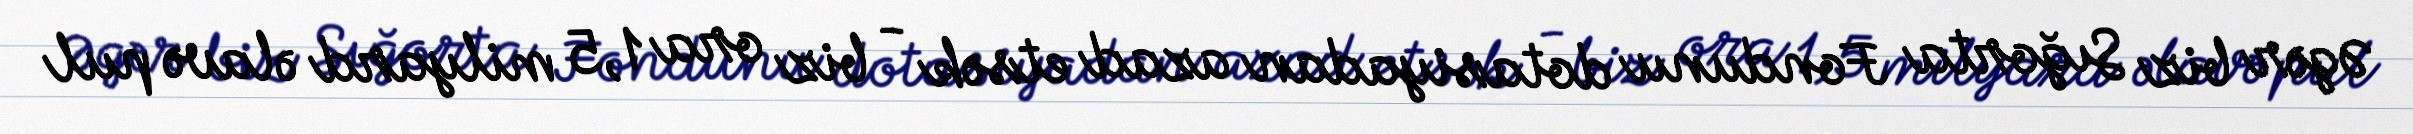
Əgər biz Sığorta Fondunu dotasiyadan azad etsək - biz ora 1,5 milyard əlavə pul